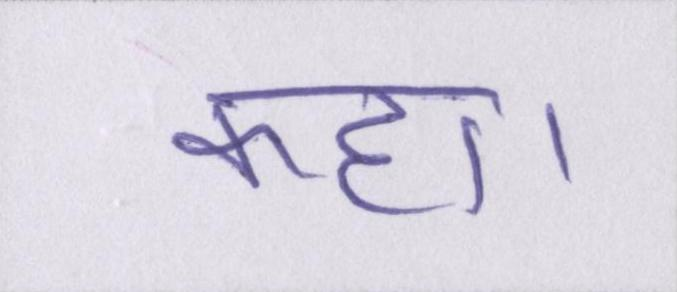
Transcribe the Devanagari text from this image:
कहा।